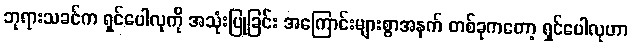
ဘုရားသခင်က ရှင်ပေါလုကို အသုံးပြုခြင်း အကြောင်းများစွာအနက် တစ်ခုကတော့ ရှင်ပေါလုဟာ